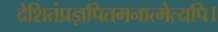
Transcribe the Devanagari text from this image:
देशितंप्रज्ञपितमनात्मेत्यपि।